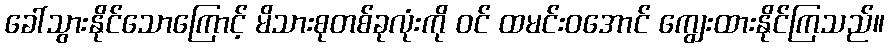
ခေါ်သွားနိုင်သောကြောင့် မိသားစုတစ်ခုလုံးကို ဝင် ထမင်းဝအောင် ကျွေးထားနိုင်ကြသည်။